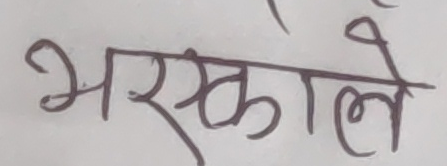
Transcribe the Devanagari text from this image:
भएकाले